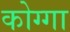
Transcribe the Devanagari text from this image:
कोग्गा